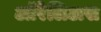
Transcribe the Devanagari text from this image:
ऑरेलिअस